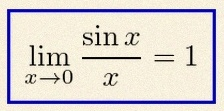
\lim_{x\to0}\frac{\sin x}{x}=1